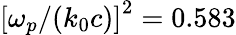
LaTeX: {\left[\omega_{p}/{\left(k_{0}c\right)}\right]}^{2}=0.583